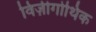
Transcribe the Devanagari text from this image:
विज़ीगोथिक